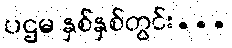
ပဌမ နှစ်နှစ်တွင်း...